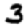
Digit: 3